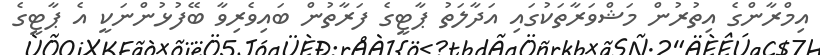
އިމްރާންގެ އިތުރުން މަޝްވަރާތަކުގައި އަދާލަތު ޕާޓީގެ ފަރާތުން ބައިވެރިވާ ބޭފުޅުންނަކީ އެ ޕާޓީގެ